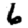
Digit: 6